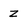
Character: Z